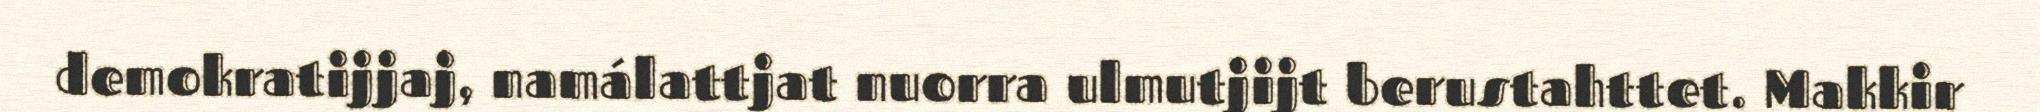
demokratijjaj, namálattjat nuorra ulmutjijt berustahttet. Makkir